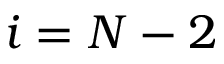
i = N - 2